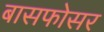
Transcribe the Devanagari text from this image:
बासफोसर